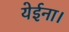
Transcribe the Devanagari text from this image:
येईना।